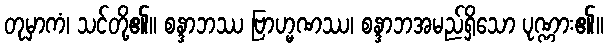
တုမှာကံ၊ သင်တို့၏။ စန္ဒာဘဿ ဗြာဟ္မဏဿ၊ စန္ဒာဘအမည်ရှိသော ပုဏ္ဏား၏။